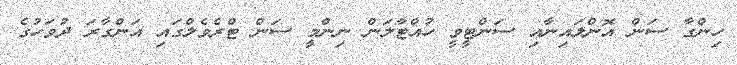
ހިންގާ ސަން އޮންލައިނާއި ސަންޓީވީ ހުއްޓާލަން ނިންމީ ސަން ޓްރެވެލްގައި އަންގާރަ ދުވަހުގެ